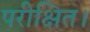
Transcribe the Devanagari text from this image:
परीक्षित।